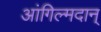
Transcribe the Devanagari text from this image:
आंगिल्मदान्